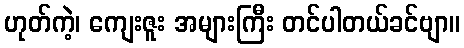
ဟုတ်ကဲ့၊ ကျေးဇူး အများကြီး တင်ပါတယ်ခင်ဗျာ။